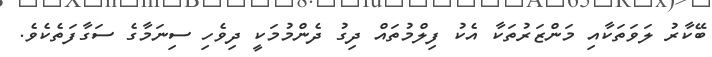
ބޭކާރު ލަވަތަކާއި މަންޒަރުތަކާ އެކު ފިލްމުތައް ދިގު ދެންމުމަކީ ދިވެހި ސިނަމާގެ ސަގާފަތެކެވެ.